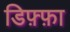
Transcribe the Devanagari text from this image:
डिफ़्फ़ा